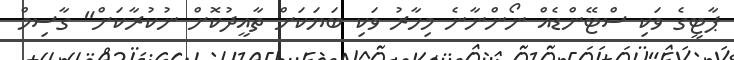
ޕާޓީގެ ވަކި ސްޓޭންޑެއް ނޯންނާނެ މިހާރު ވަކި ބަޔަކަށް ތާއީދުކޮށް ނުކުރާކަށް" ގާސިމް